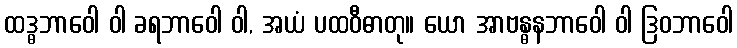
ထဒ္ဓဘာဝေါ ဝါ ခရဘာဝေါ ဝါ, အယံ ပထဝီဓာတု။ ယော အာဗန္ဓနဘာဝေါ ဝါ ဒြဝဘာဝေါ